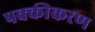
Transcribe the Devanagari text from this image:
पक्कीकरण